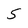
Character: 5